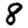
Digit: 8